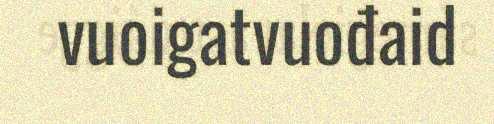
vuoigatvuođaid